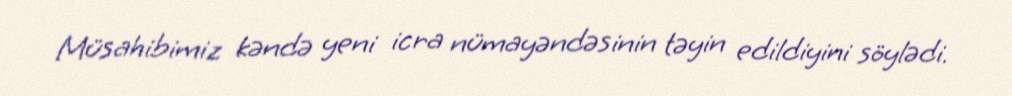
Müsahibimiz kəndə yeni icra nümayəndəsinin təyin edildiyini söylədi.